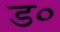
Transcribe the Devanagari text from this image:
ड०